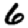
Digit: 6